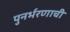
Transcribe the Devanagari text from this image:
पुनर्भरणाची